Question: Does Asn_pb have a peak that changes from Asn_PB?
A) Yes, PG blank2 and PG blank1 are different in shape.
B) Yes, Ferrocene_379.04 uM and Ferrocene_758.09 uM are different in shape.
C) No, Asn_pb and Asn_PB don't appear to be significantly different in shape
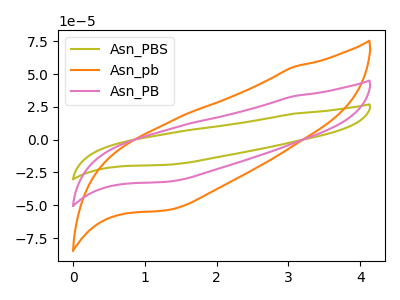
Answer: <think>The olive curve "Asn_PBS" has no peaks. The orange curve "Asn_pb" has no peaks. The pink curve "Asn_PB" has no peaks.
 Neither "Asn_pb" or "Asn_PB" have any peaks.</think>
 <answer>C) No, "Asn_pb" and "Asn_PB" don't appear to be significantly different in shape</answer>
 <eval>C</eval>